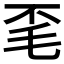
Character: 𭯒